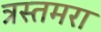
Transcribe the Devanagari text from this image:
त्रस्तमरा